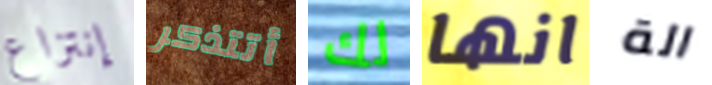
إنتزاع أتتذكر لك انها الة